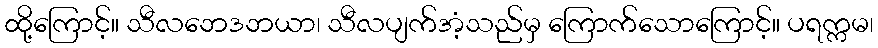
ထို့ကြောင့်။ သီလဘေဒဘယာ၊ သီလပျက်အံ့သည်မှ ကြောက်သောကြောင့်။ ပရက္ကမ၊